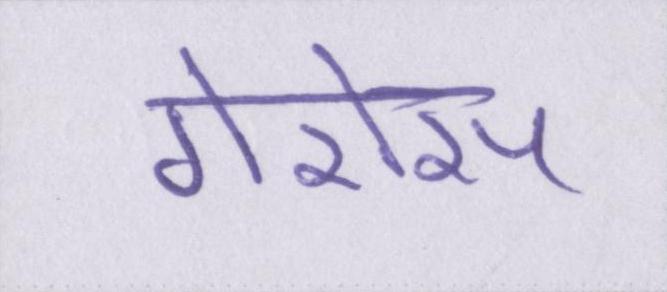
गैरोस